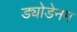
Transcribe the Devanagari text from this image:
ड्योडेनम